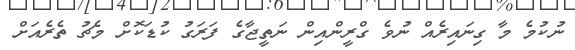
ނުކުމެ މާ ގިނައިރެއް ނުވެ ގްރީންއިން ނަތީޖާގެ ފަރަގު ކުޑަކޮށް މެޗު ތެރެއަށް